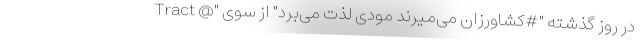
در روز گذشته "#کشاورزان می‌میرند مودی لذت می‌برد" از سوی "@ Tract